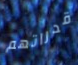
قدراتهم